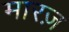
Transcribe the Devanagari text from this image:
मारज़